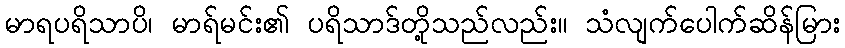
မာရပရိသာပိ၊ မာရ်မင်း၏ ပရိသာဒ်တို့သည်လည်း။ သံလျက်ပေါက်ဆိန်မြား